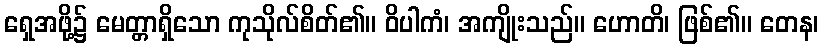
ရှေအဖို့၌ မေတ္တာရှိသော ကုသိုလ်စိတ်၏။ ဝိပါကံ၊ အကျိုးသည်။ ဟောတိ၊ ဖြစ်၏။ တေန၊